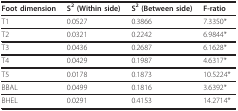
<table><thead><tr><td><b>Foot dimension</b></td><td><b>S<sup>2 </sup>(Within side)</b></td><td><b>S<sup>2 </sup>(Between side)</b></td><td><b>F-ratio</b></td></tr></thead><tbody><tr><td>T1</td><td>0.0527</td><td>0.3866</td><td>7.3350*</td></tr><tr><td>T2</td><td>0.0321</td><td>0.2242</td><td>6.9844*</td></tr><tr><td>T3</td><td>0.0436</td><td>0.2687</td><td>6.1628*</td></tr><tr><td>T4</td><td>0.0429</td><td>0.1987</td><td>4.6317*</td></tr><tr><td>T5</td><td>0.0178</td><td>0.1873</td><td>10.5224*</td></tr><tr><td>BBAL</td><td>0.0499</td><td>0.1816</td><td>3.6392*</td></tr><tr><td>BHEL</td><td>0.0291</td><td>0.4153</td><td>14.2714*</td></tr></tbody></table>